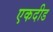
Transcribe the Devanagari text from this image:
एकदीड